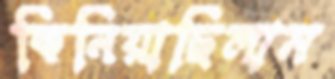
কিনিয়াছিলাম